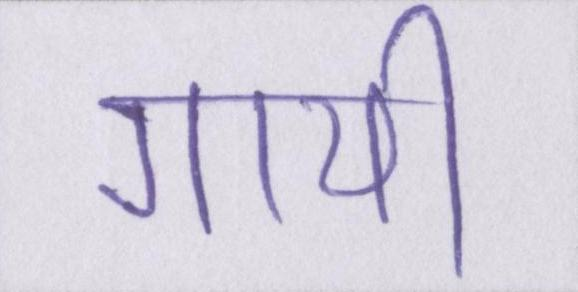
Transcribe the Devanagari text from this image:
गायी